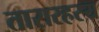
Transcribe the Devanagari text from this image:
तारारहस्य